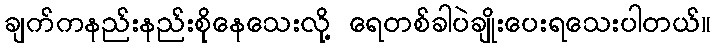
ချက်ကနည်းနည်းစိုနေသေးလို့ ရေတစ်ခါပဲချိုးပေးရသေးပါတယ်။